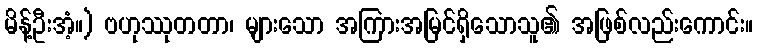
မိန့်ဦးအံ့။) ဗဟုဿုတတာ၊ များသော အကြားအမြင်ရှိသောသူ၏ အဖြစ်လည်းကောင်း။